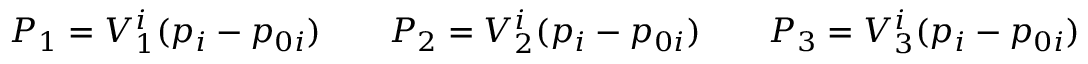
P _ { 1 } = V _ { 1 } ^ { i } ( p _ { i } - p _ { 0 i } ) \qquad P _ { 2 } = V _ { 2 } ^ { i } ( p _ { i } - p _ { 0 i } ) \qquad P _ { 3 } = V _ { 3 } ^ { i } ( p _ { i } - p _ { 0 i } )